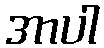
အာပါ